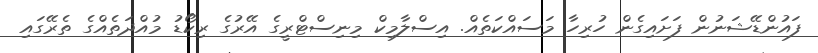
ފައުންޑޭޝަނުން ފަށައިގެން ހުރިހާ މަސައްކަތެއް. އިސްލާމިކް މިނިސްޓްރީގެ އޭރުގެ ރިކޯޑު މުއްދަތެއްގެ ތެރޭގައި